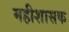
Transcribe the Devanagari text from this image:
महीशासक